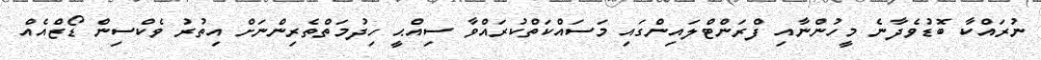
ނުރައްކާ ބޮޑުވެދާނެ މީހުންނާއި ފްރަންޓްލައިންގައި މަސައްކަތްކުރައްވާ ސިއްޙީ ހިދުމަތްތެރިންނަށް އިތުރު ވެކްސިން ޑޯޒްއެއް